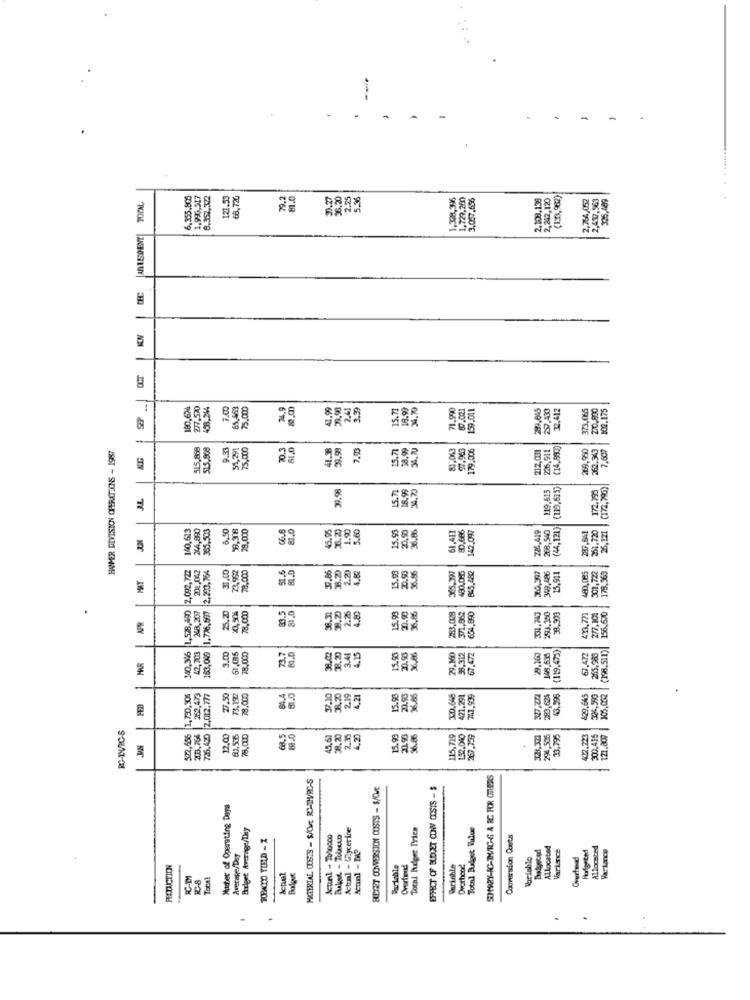
-
6,355,805
1,990,517
8,357,322
121.53
68,720
79.2
81.0
31.27
36.20
2.25
5.8
1.308,396
1,729,260
3,057.556
2.108,138
2,242,120
(1301,982)
2,764,052
2,437,963
DC
OCT
180,674
277,570
459.244
7.00
65,49
75.000
24.9
41.99
39,90
2.41
3.39
18.99
34,70
71,990
87.021
159.001
299.845
22.412
373,065
270.800
102.175
15.73
515,868
51.5.968
9.36
51,291
75.000
70.3
29.99
7.99
18.99
34.7]
80,063
99.963
179.006
212,031
215,911
(14,890)
2.609
HAPER DIVISION CHERATIONS - 1987
269,950
39.98
15.71
6.99
34.70
119,615
(119,615)
172,796
JL
140,513
344,890
365.503
6.50
78.000
5.95
36.20
5.60
15.93
0.93
80,666
142.097
2,419
268,500
(44.121)
1.90
251,720
1,528,490 2,092,722
200,042
31.00
23,992
51.6
37.85
2.20
15.93
365,399
480.0.5
X6,397
349,486
480,085
301,722
MAT
38.20
845.482
15,911
179.969
248,207
163,049 1.726,597
253.360
80.5
38.2)
2.25
4.80
283,008
654.890
301.743
38,993
413,771
277,100
156.6.0
R
42,703
148,615
140,316
3.00
51,016
78.000
3.20
3.41
29.300
8,312
(119.475)
7.472
265,988
43,998
522.556 1,750,304
262,473
2,012.777
27.50
73.1922
78.000
3.20
2.19
4.21
130.648
421,291
283,625
429.645
326,590
RC-TVICS
726.420
81.536
78.000
68.5
45.51
38.20
2.7
4.20
15.99
21.90
6.86
115,719
267.739
296,506
33.795
412.723
300,435
121.800
MATERIAL COSTS - SACMt RC-THV/RC-S
BUDGET CONVERSION COSTS - S/CM
EFFECT OF BUDGET CONY COSTS - $
Muster of Operating Days
Biriget Average/Tny
Actual - Glycerine
Total burpee Prien
Tobil Budget Edue
TOBACCO TIELD - Z
Camerasion Costs
Actual - M2
ALlocated
Variance
Allocated
Average/Day
Variable
FIXTACTION
Variable
Overtend
Warinhle
Overhend
ICAT
Total
Bulgur
-